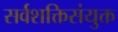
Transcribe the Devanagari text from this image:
सर्वशक्तिसंयुक्त